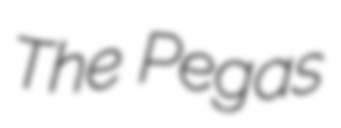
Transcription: The Pegas